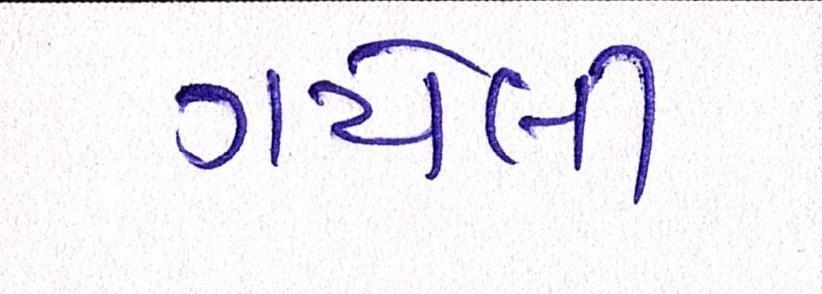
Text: ગયેલી